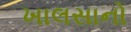
ખાલસાનો